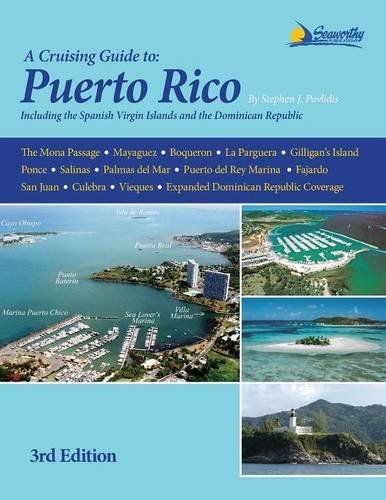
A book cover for Cruising Guide to Puerto Rico, 3rd ed.; Stephen J Pavlidis; Sports & Outdoors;